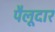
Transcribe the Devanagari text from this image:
पैलूदार